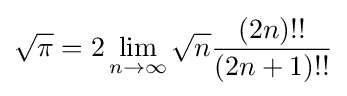
{\sqrt {\pi }}=2\lim _{n\to \infty }{\sqrt {n}}{\frac {(2n)!!}{(2n+1)!!}}